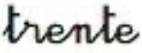
trente